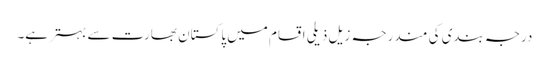
درجہ بندی کی مندرجہ زیل ذیلی اقسام میں پاکستان بھارت سے بہتر ہے۔